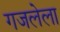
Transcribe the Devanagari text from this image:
गजलेला